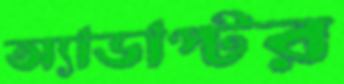
অ্যাডাপ্টর